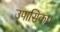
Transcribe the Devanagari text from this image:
उपासिका।